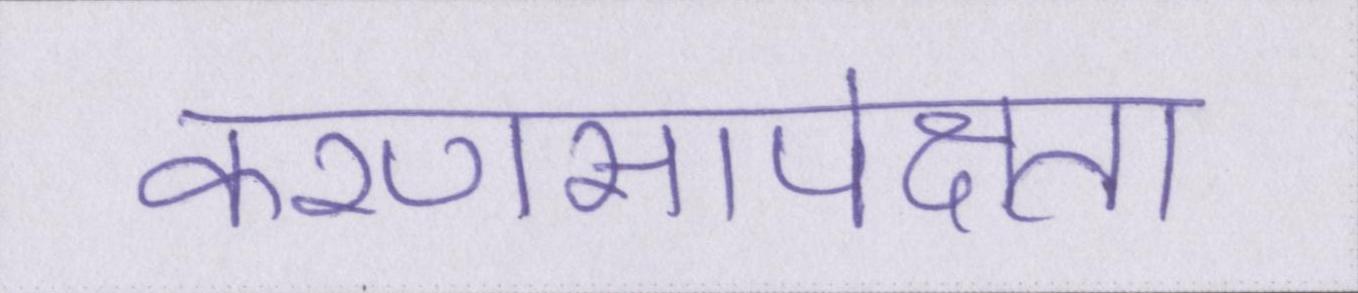
करणसापेक्षता